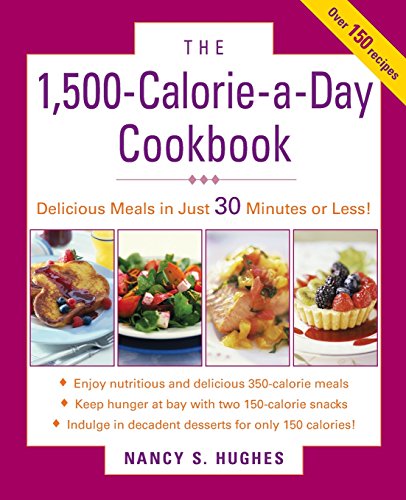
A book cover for The 1500-Calorie-a-Day Cookbook; Nancy Hughes; Health, Fitness & Dieting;